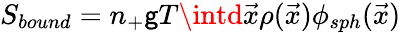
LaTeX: S_{bound}=n_{+}\mathsf{g}T\intd{\vec{{x}}}\rho({\vec{{x}}})\phi_{sph}({\vec{{x}}})